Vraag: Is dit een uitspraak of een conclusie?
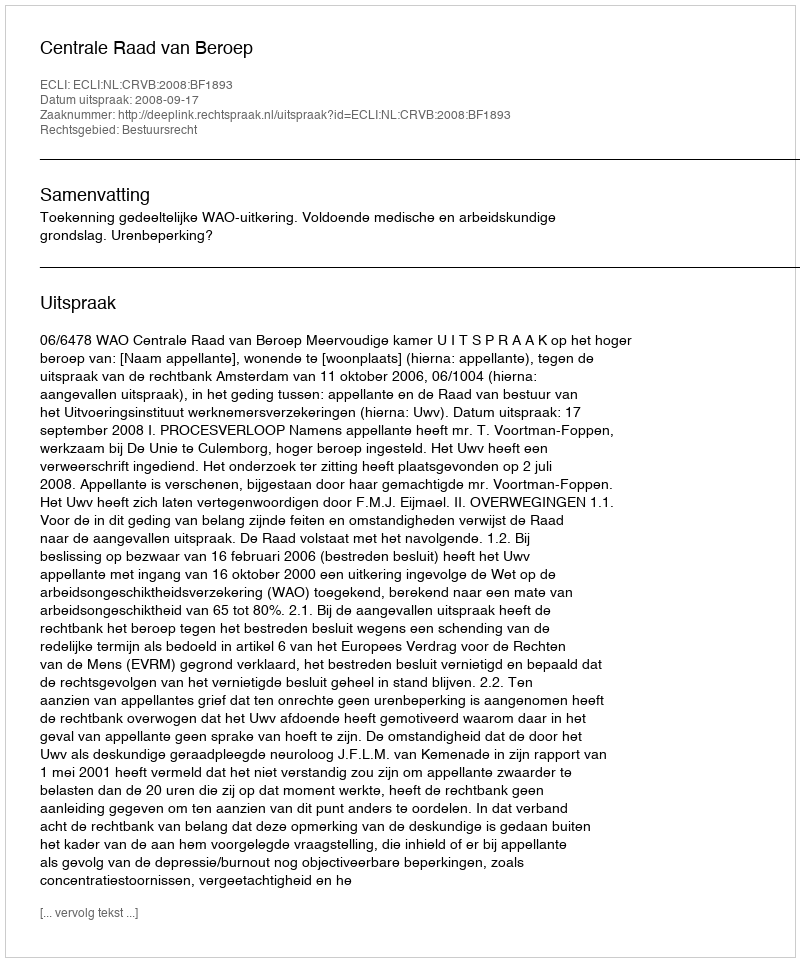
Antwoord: Uitspraak